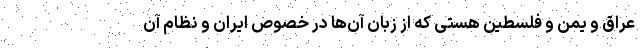
عراق و یمن و فلسطین هستی که از زبان آن‌ها در خصوص ایران و نظام آن